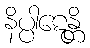
နိပ္ပါဋေန္တိ